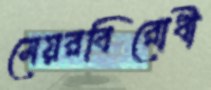
মেয়রবিরোধী